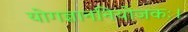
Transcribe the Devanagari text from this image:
योगज्ञाननियोजकः।